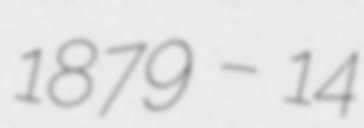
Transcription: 1879 – 14